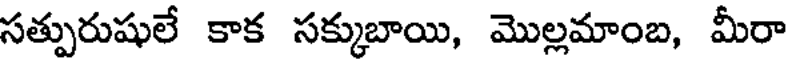
సత్పురుషులే కాక సక్కుబాయి, మొల్లమాంబ, మీరా